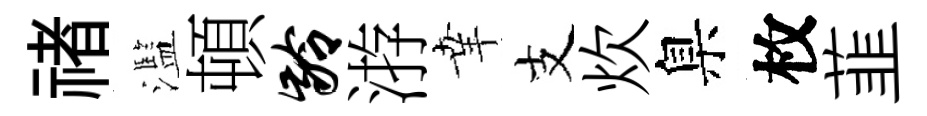
禇濫頓龄㳺𦍒支炊臬枚韮